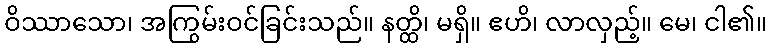
ဝိဿာသော၊ အကြွမ်းဝင်ခြင်းသည်။ နတ္ထိ၊ မရှိ။ ဧဟိ၊ လာလှည့်။ မေ၊ ငါ၏။